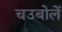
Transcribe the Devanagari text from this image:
चउबोलें